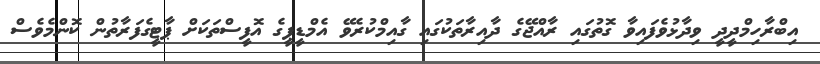
އިބްރާހިމްދީދީ ވިދާޅުވެފައިވާ ގޮތުގައި ރާއްޖޭގެ ދާއިރާތަކުގައި ގާއިމްކުރެވޭ އެމްޑީޕީގެ އޮފީސްތަކަށް ޕާޓީގެފަރާތުން ކޮންމެވެސް